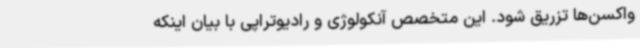
واکسن‌ها تزریق شود. این متخصص آنکولوژی و رادیوتراپی با بیان اینکه